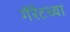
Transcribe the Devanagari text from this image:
गॅर्रटच्या